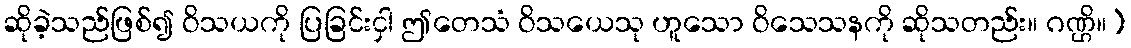
ဆိုခဲ့သည်ဖြစ်၍ ဝိသယကို ပြခြင်းငှါ ဤတေသံ ဝိသယေသု ဟူသော ဝိသေသနကို ဆိုသတည်း။ ဂဏ္ဌိ။)